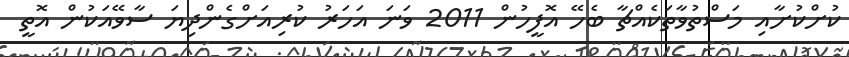
ކުށްކުށާއި މަސްތުވާތަކެއްޗާ ބެހޭ އޮފީހުން 2011 ވަނަ އަހަރު ކުރިއަށްގެންދިޔަ ސާވޭއަކުން އޮތީ